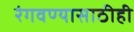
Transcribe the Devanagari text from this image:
रंगवण्यासाठीही